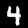
Digit: 4